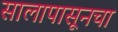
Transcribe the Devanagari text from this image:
सालापासूनचा